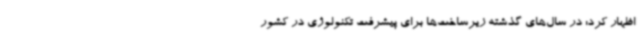
اظهار کرد: در سال‌های گذشته زیرساخت‌ها برای پیشرفت تکنولوژی در کشور